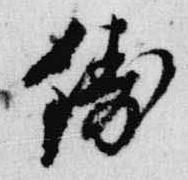
鋳